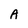
Character: A